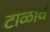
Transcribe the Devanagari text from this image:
टाळावं